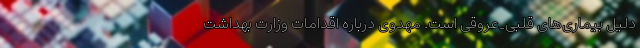
دلیل بیماری‌های قلبی_عروقی است. مهدوی درباره اقدامات وزارت بهداشت